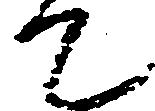
て